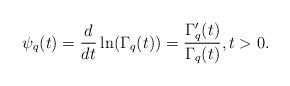
LaTeX: \begin{align*}\psi_q(t)=\frac{d}{dt}\ln(\Gamma_q(t))=\frac{\Gamma_q'(t)}{\Gamma_q(t)},t>0.\end{align*}